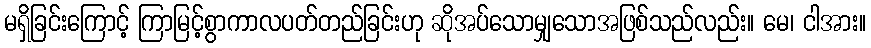
မရှိခြင်းကြောင့် ကြာမြင့်စွာကာလပတ်တည်ခြင်းဟု ဆိုအပ်သောမျှသောအဖြစ်သည်လည်း။ မေ၊ ငါအား။